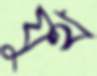
যুথ